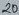
Text: 20